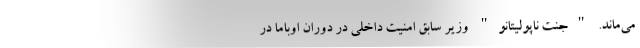
می‌ماند. "جنت ناپولیتانو" وزیر سابق امنیت داخلی در دوران اوباما در